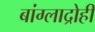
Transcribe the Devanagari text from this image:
बांग्लाद्रोही